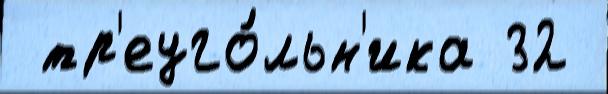
 тр'еуго́льн'ика 32